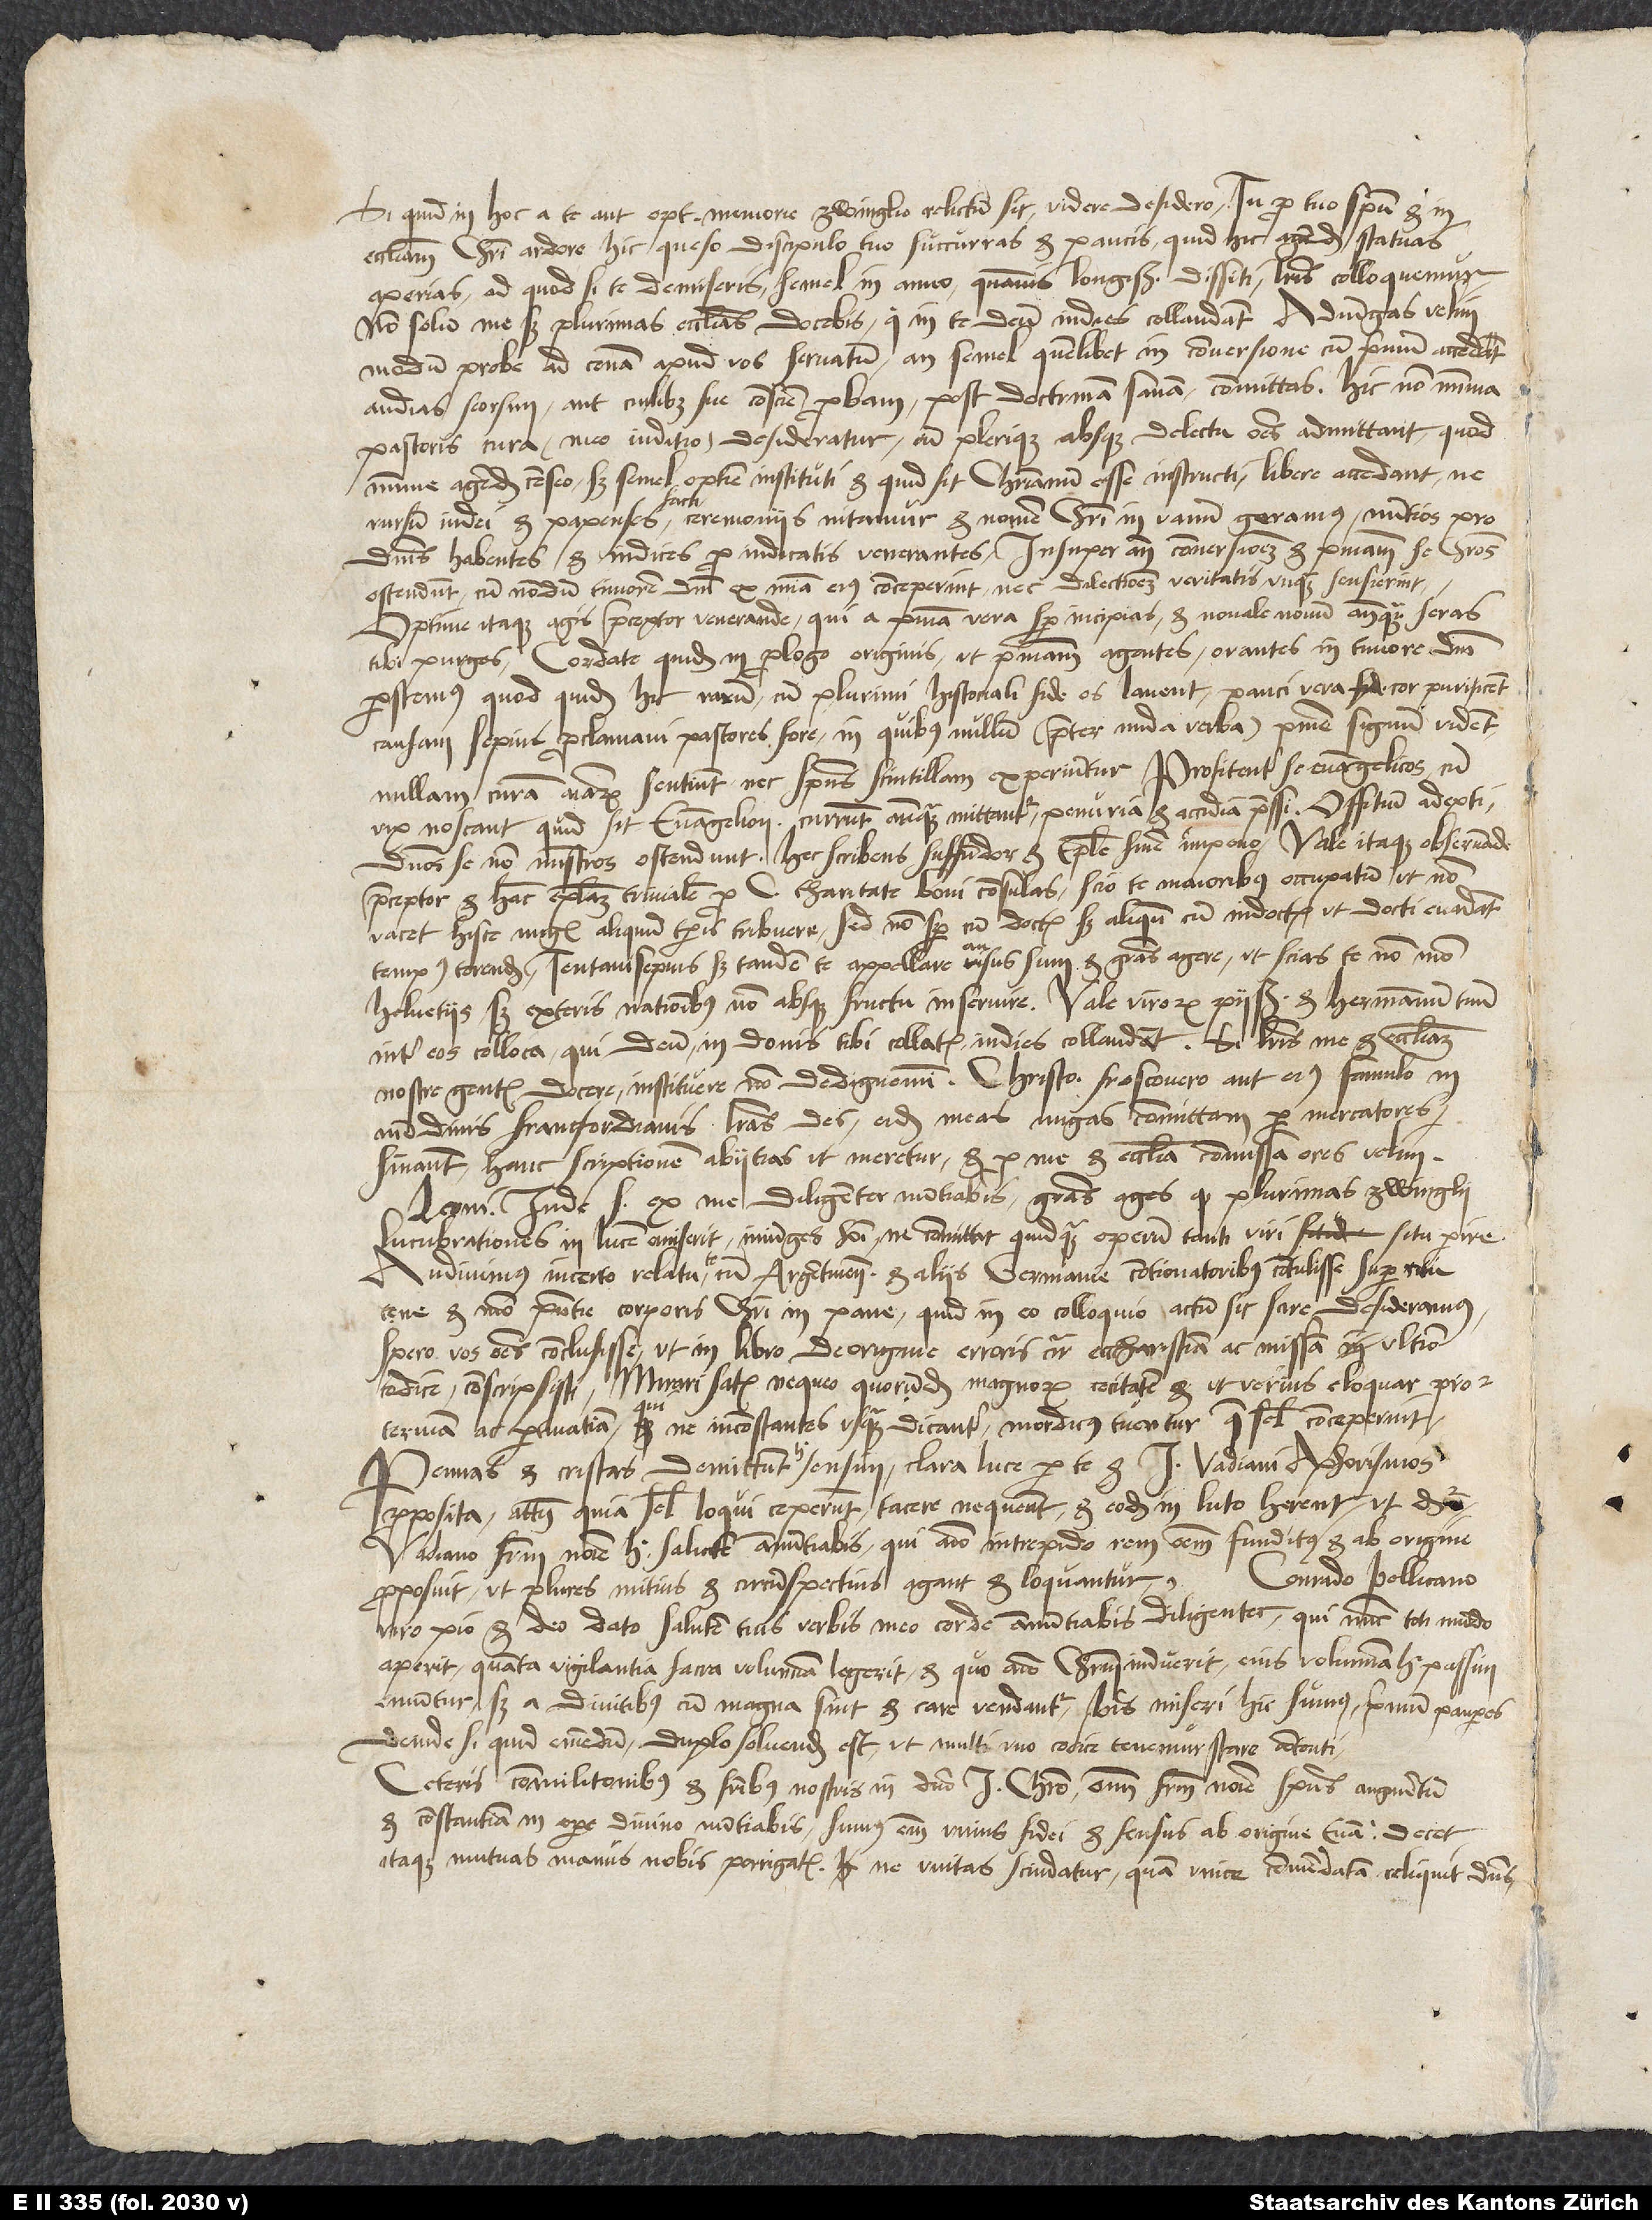
Si quid in hoc a te aut optime memorie Zwinglio relictum sit, videre desidero. Tu pro tuo spiritu et in
ecclesiam Christi ardore hic, queso, discipulo tuo succurras et paucis, quid hic agendum statuas,
aperias; ad quod si te demiseris, semel in anno, quamvis longissime dissiti, litteris colloquemur.
Non solum me, sed plurimas ecclesias docebis, qui in te deum indies collaudant. Adiungas, velim,
modum probe ad cenam apud vos servatum, an semel quemlibet in conversione, cum primum accedat,
audias seorsim aut cuilibet sue conscientie probam post doctrinam sanam committas. Hic non minima
pastoris cura - meo iuditio - desideratur, cum plerique absque delectu omnes admittant, quod
minime agendum censeo, sed semel optime instituti et, quid sit christianum esse, instructi libere accedant, ne
rursum Iudei et papenses facti ceremoniis nitamur et nomen Christi in vanum geramus, nuntios pro
dominis habentes et indices pro indicatis venerantes. Insuper ante conversionem et poenitentiam se christianos
ostendunt, cum nondum timorem domini ex misericordia eius conceperint nec dilectionem veritatis unquam sensierint.
Optime itaque agis, praeceptor venerande, qui a poenitentia vera semper incipias et novale novum, antequam seras,
tibi purges; cordate quidem in prologo Originis, ut poenitentiam agentes, orantes in timore domini
perstemus, quod quidem hic rarum, cum plurimi historiali fide os lavent, pauci vera fide cor purificent.
Causam sepius proclamavi pastores fore, in quibus nullum (praeter nuda verba) poenitentie signum vident,
nullam curam animarum sentiunt nec spiritus scintillam experiuntur. Profitentur se evangelicos, cum
vix noscant, quid sit euangelion. Currunt, antequam mittantur, penuria et acedia pressi. Offitium adepti dominos
non ministros ostendunt. Hec scribens suffundor et epistole finem impono. Vale itaque, observande
nundinis Francfordianis litteras des; eidem meas nugas committam per mercatores.
Sin autem hanc scriptionem abiitias, ut meretur, et pro me et ecclesia commissa ores, velim.
Leoni Iude salutem ex me diligenter nuntiabis. Gratias ages, quod plurimas Zwinglii
lucubrationes in lucem emiserit; iniunges homini, ne committat quidquam operum tanti viri situ perire.
Audivimus incerto relatu te cum Argentinensibus et aliis Germanie contionatoribus contulisse super ritu
cęne et modo praesentie corporis Christi in pane. Quid in eo colloquio actum sit, scire desideramus.
Spero vos omnes conclusisse, ut in libro De origine erroris circa eucharistiam ac missam ultimo
codicem conscripsisti. Mirari satis nequeo quorundam magnorum cecitatem et, ut verius eloquar, proterviam
Pennas et cristas demittunt hic sensim, clara luce per te et I Vadiani Aphorismos
proposita; attamen, quia semel loqui ceperunt, tacere nequeunt et eodem in luto herent, ut dicitur.
Vadiano fratrum nomine hic salutem annuntiabis, qui animo intrepido rem omnem funditus et ab origine
Conrado Pellicano,
proposuit, ut plures mitius et circumspectius agant et loquantur.
viro pio et deo dato, salutem tuis verbis meo corde annuntiabis diligenter, qui nunc toti mundo
aperit, quanta vigilantia sacra volumina legerit et quo animo Christum induerit; eius volumina hic passim
emuntur, sed a divitibus, cum magna sint et care vendantur. Bis miseri hic sumus, primum pauperes,
deinde, si quid emendum, duplo solvendum est, ut multi uno codice tenemur stare contenti.
Ceteris commilitonibus et fratribus nostris in domino Iesu Christo omnium fratrum nomine spiritus augmentum
et constantiam in opere divino nuntiabis; sumus enim unius fidei et sensus ab origine evangelii. Decet
itaque mutuas manus nobis porrigatis, ne unitas scindatur, quam unice commendatam reliquit dominus.